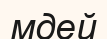
мдей